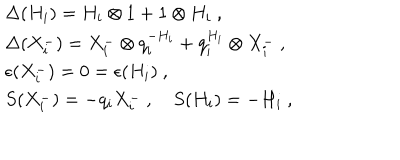
\begin{array} { l } { { \Delta ( H _ { i } ) = H _ { i } \otimes 1 + 1 \otimes H _ { i } ~ , } } \\ { { \Delta ( X _ { i } ^ { - } ) = X _ { i } ^ { - } \otimes q _ { i } ^ { - H _ { i } } + q _ { i } ^ { H _ { i } } \otimes X _ { i } ^ { - } ~ , } } \\ { { \epsilon ( X _ { i } ^ { - } ) = 0 = \epsilon ( H _ { i } ) ~ , } } \\ { { S ( X _ { i } ^ { - } ) = - q _ { i } X _ { i } ^ { - } ~ , ~ S ( H _ { i } ) = - H _ { i } ~ , } } \\ \end{array}